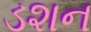
ડશન